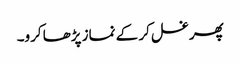
پھر غسل کر کے نماز پڑھا کرو۔